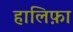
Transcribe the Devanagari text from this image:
हालिफ़ा